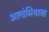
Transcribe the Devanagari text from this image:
अल्बेनियाचा